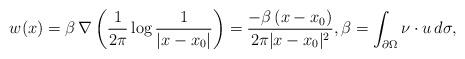
LaTeX: \begin{align*}w(x)=\beta\,\nabla\left(\frac{1}{2\pi}\log\frac{1}{|x-x_0|}\right)=\frac{-\beta\,(x-x_0)}{2\pi |x-x_0|^2}, \beta=\int_{\partial\Omega}\nu\cdot u\,d\sigma,\end{align*}